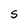
Character: S